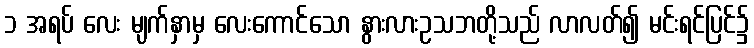
၁ အရပ် လေး မျက်နှာမှ လေးကောင်သော နွားလားဥသဘတို့သည် လာလတ်၍ မင်းရင်ပြင်၌